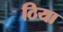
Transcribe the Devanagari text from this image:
ठिया